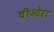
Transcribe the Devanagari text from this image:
थीओरा